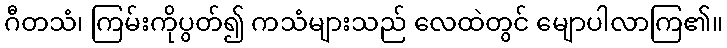
ဂီတသံ၊ ကြမ်းကိုပွတ်၍ ကသံများသည် လေထဲတွင် မျောပါလာကြ၏။